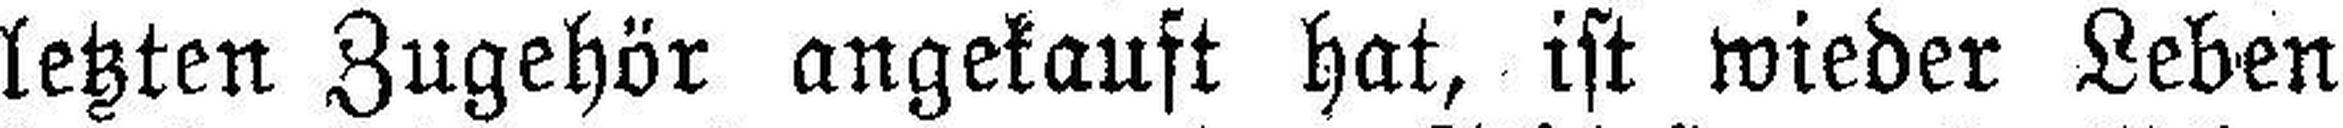
letzten Zugehör angekauft hat, ist wieder Leben